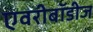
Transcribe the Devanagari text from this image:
एवरीबॉडीज